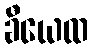
ခီယေထ